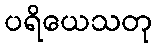
ပရိယေသတု